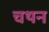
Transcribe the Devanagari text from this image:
चथन